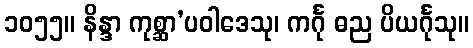
၁၀၅၅။ နိန္ဒာ ကုစ္ဆာ’ပဝါဒေသု၊ ကင်္ဂု ဓည ပိယင်္ဂုသု။